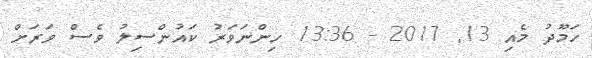
ހަމޫދު މެއި 13